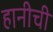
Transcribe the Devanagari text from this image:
हानीची